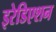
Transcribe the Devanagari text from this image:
इरेडिएशन